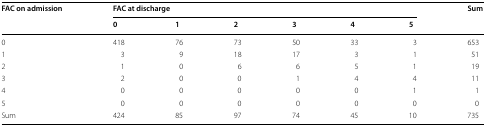
<table><thead><tr><td rowspan="2"><b>FAC on admission</b></td><td colspan="6"><b>FAC at discharge</b></td><td><b>Sum</b></td></tr><tr><td><b>0</b></td><td><b>1</b></td><td><b>2</b></td><td><b>3</b></td><td><b>4</b></td><td><b>5</b></td><td></td></tr></thead><tbody><tr><td>0</td><td>418</td><td>76</td><td>73</td><td>50</td><td>33</td><td>3</td><td>653</td></tr><tr><td>1</td><td>3</td><td>9</td><td>18</td><td>17</td><td>3</td><td>1</td><td>51</td></tr><tr><td>2</td><td>1</td><td>0</td><td>6</td><td>6</td><td>5</td><td>1</td><td>19</td></tr><tr><td>3</td><td>2</td><td>0</td><td>0</td><td>1</td><td>4</td><td>4</td><td>11</td></tr><tr><td>4</td><td>0</td><td>0</td><td>0</td><td>0</td><td>0</td><td>1</td><td>1</td></tr><tr><td>5</td><td>0</td><td>0</td><td>0</td><td>0</td><td>0</td><td>0</td><td>0</td></tr><tr><td>Sum</td><td>424</td><td>85</td><td>97</td><td>74</td><td>45</td><td>10</td><td>735</td></tr></tbody></table>